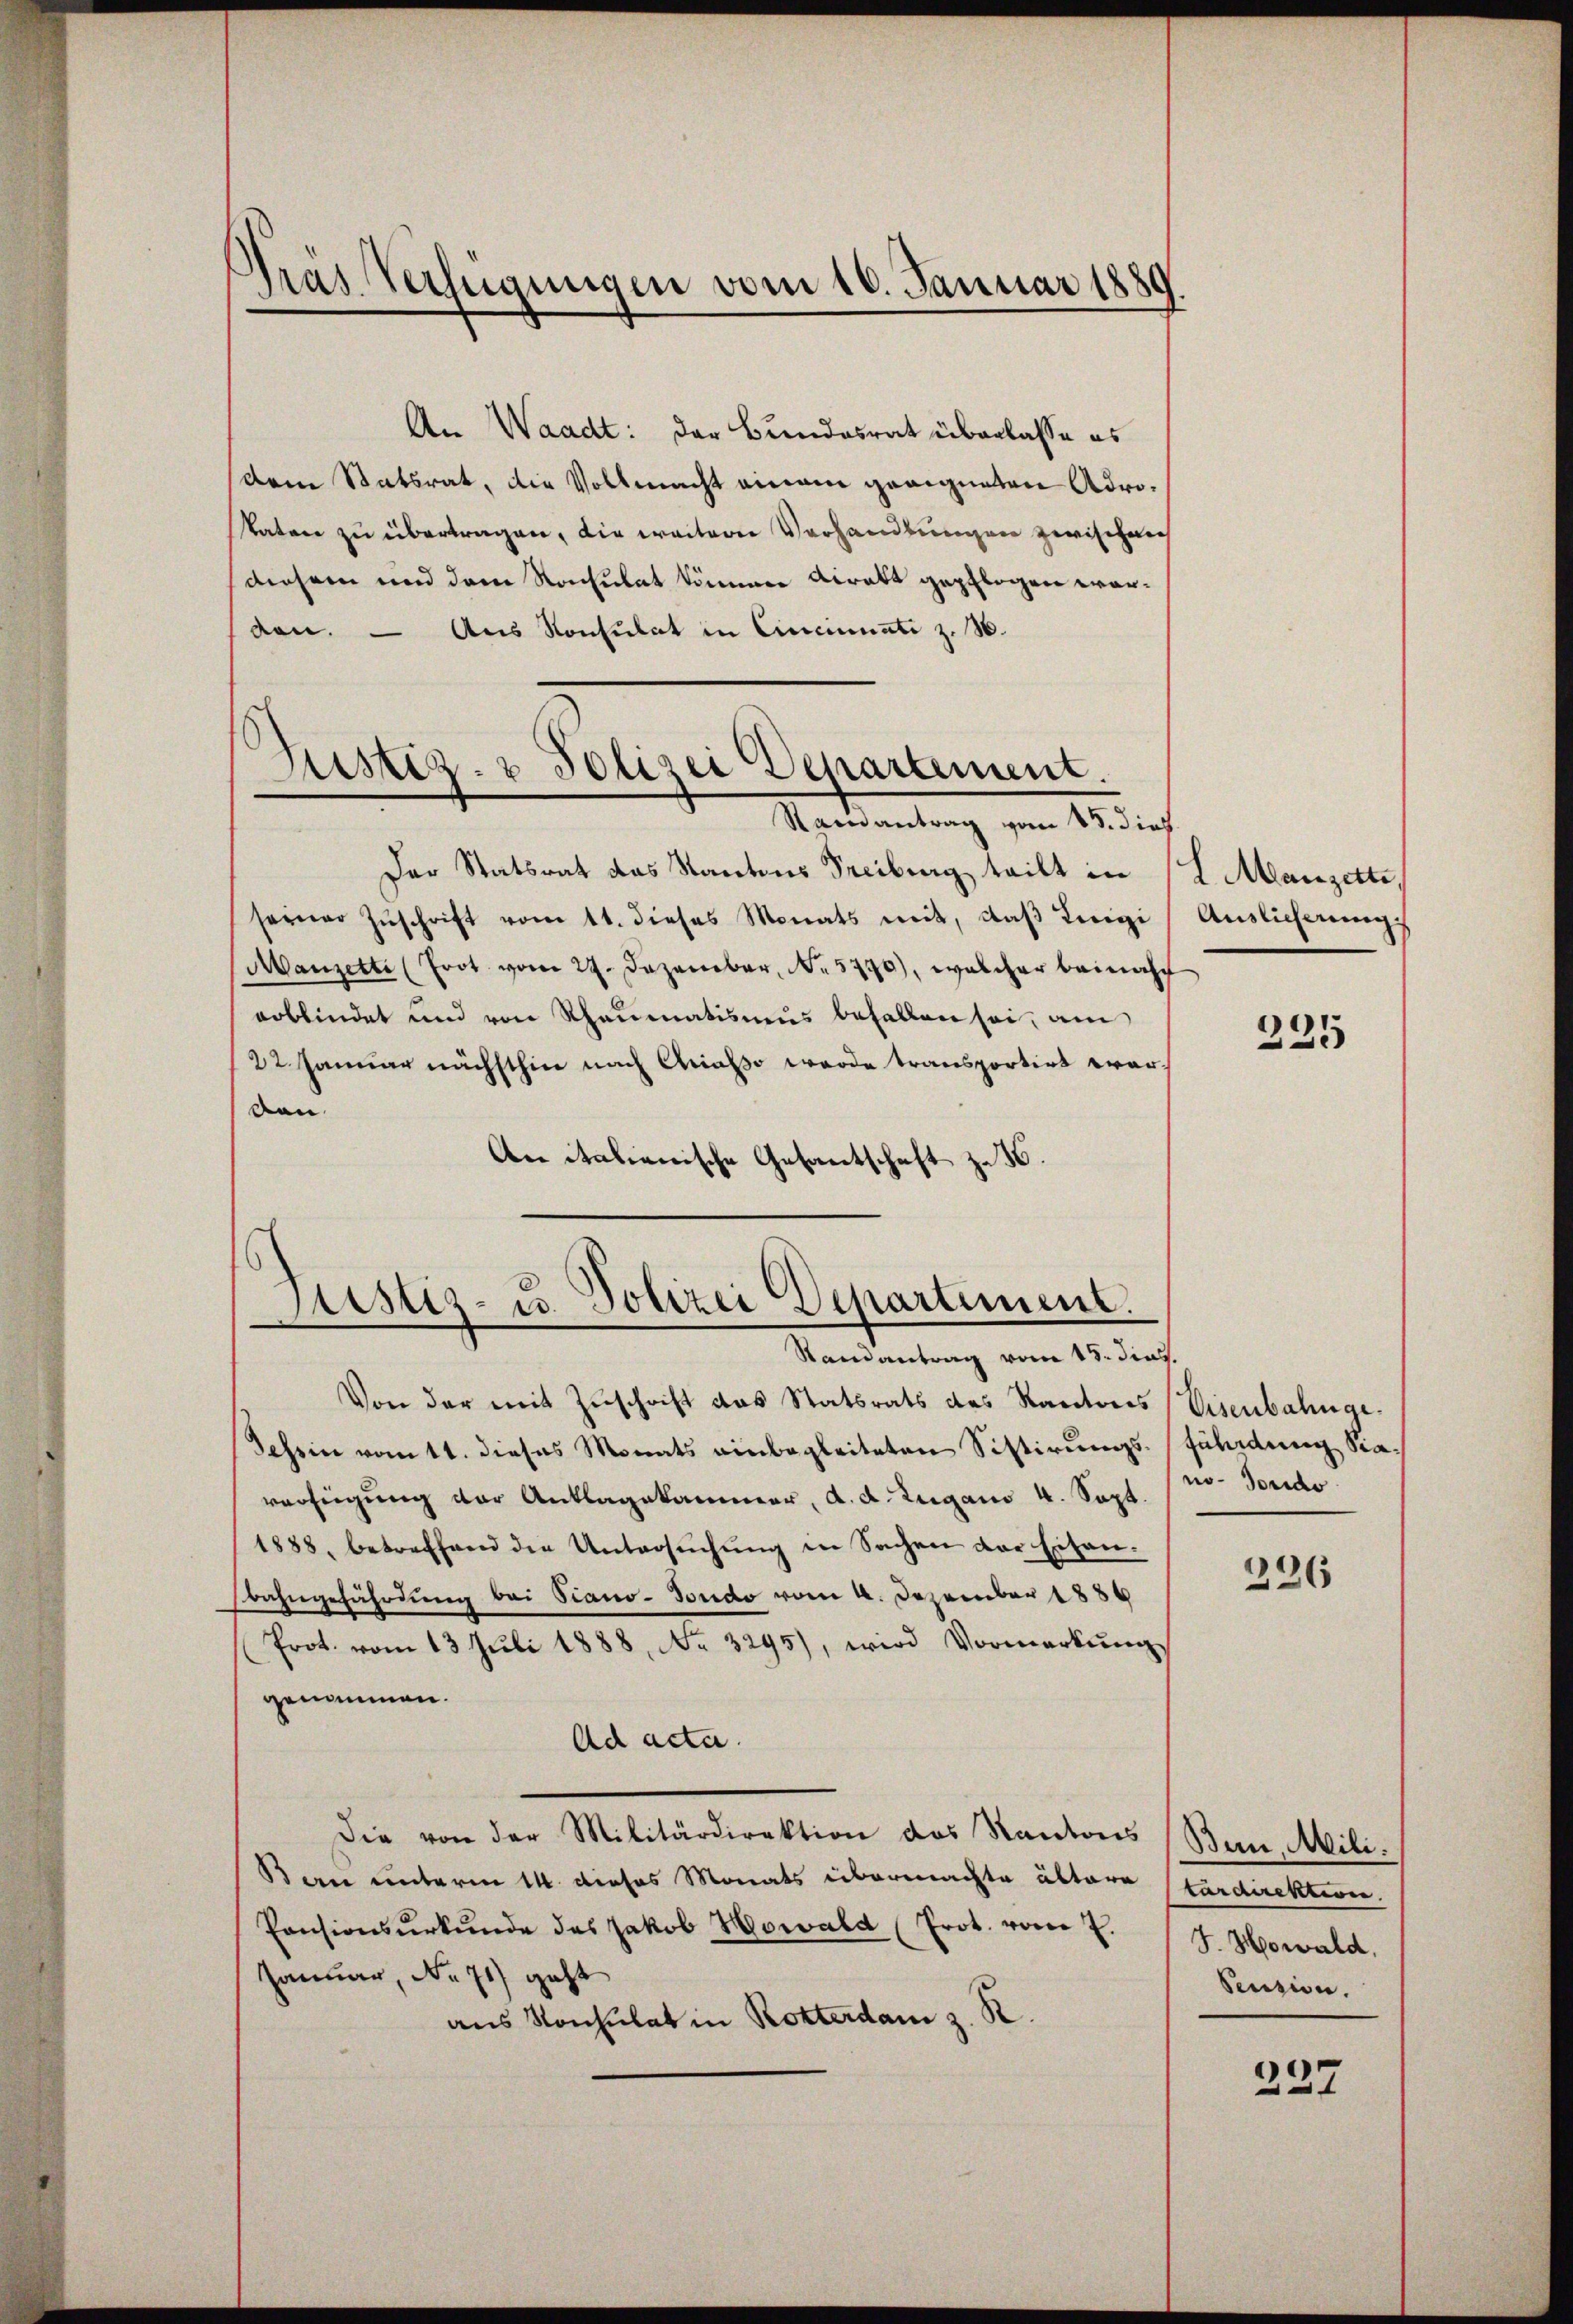
Präs. Verfügungen vom 10. Januar 1880

An Waadt: der Bundesrat überlasse es
dem Statsrat, die Vollmacht einem geeigneten Adrokatare zu übertragen, die weiterer Verhandlungen zwischen
diesem und dem Konsulat können diratt gepflogen wordon. — Aus Konsulat in Cincinati z. B.
Mandantung vom 18 dich
Der Statsrat das Kantons Freiburg teilt in
seiner Zŭschrift vom 11. dieses Monats mit, daβ Luigi
Manzette (Frot vom 29. Dezember, No. 5790), welcher beinahe
erblindet und von Rheumatismus befallen sei, am
22. Januar nächsthin nach Chrialso wurde transportirt werdau.
An italienische Gesantschaft zu 1.

Justiz- & Polizei Departement.

Justiz- u. Polizei Departement.
Randantrag vom 15. dies.

Von der mit Zuschrift das Statsrats des Kantons (Visenbahnge¬
Schein vom 11. dieses Monats einbegleiteten Sistirungs-Füladung Staverfügung der Anklagekammer, d. d. Zugano 4. Sept.
1888, betreffend die Untersŭchŭng in Sachen der Eisen-
bahngefährdung bei Piano-Fondo vom 4. Dezember 1889
Prot. vom 13 Juli 1888, No. 3295), wird Vormerkung
genommen.
Ad acta.
Die von der Militärdirektion des Kantons
Bern unterm 14. dieses Monats übermachte ältere Stärdirektiren
Pensionsŭrkŭnde das Jakob Howald (Prot. vom 7.
Januar, No 71) geht
aus Konsulat in Rotterdam z. R.

L. Manzerte,
Auslieferung

235

no-Jorido

226

Bun, Mili¬
J. Howald.
Pension.

237